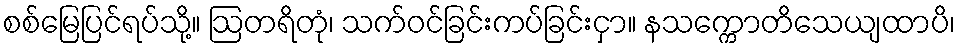
စစ်မြေပြင်ရပ်သို့။ ဩတရိတုံ၊ သက်ဝင်ခြင်းကပ်ခြင်းငှာ။ နသက္ကောတိသေယျထာပိ၊